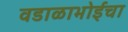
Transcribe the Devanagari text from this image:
वडाळाभोईचा